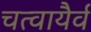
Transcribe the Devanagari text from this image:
चत्वायैर्व